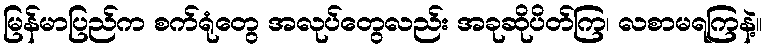
မြန်မာပြည်က စက်ရုံတွေ အလုပ်တွေလည်း အခုဆိုပိတ်ကြ၊ လစာမရကြနဲ့။